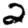
Digit: 2